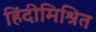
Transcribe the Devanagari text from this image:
हिंदीमिश्रित